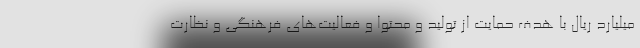
میلیارد ریال با هدف حمایت از تولید و محتوا و فعالیت‌های فرهنگی و نظارت